65_HS1-834228961_62-HQ-83894_Section_9
Agency: FBI
Page 276
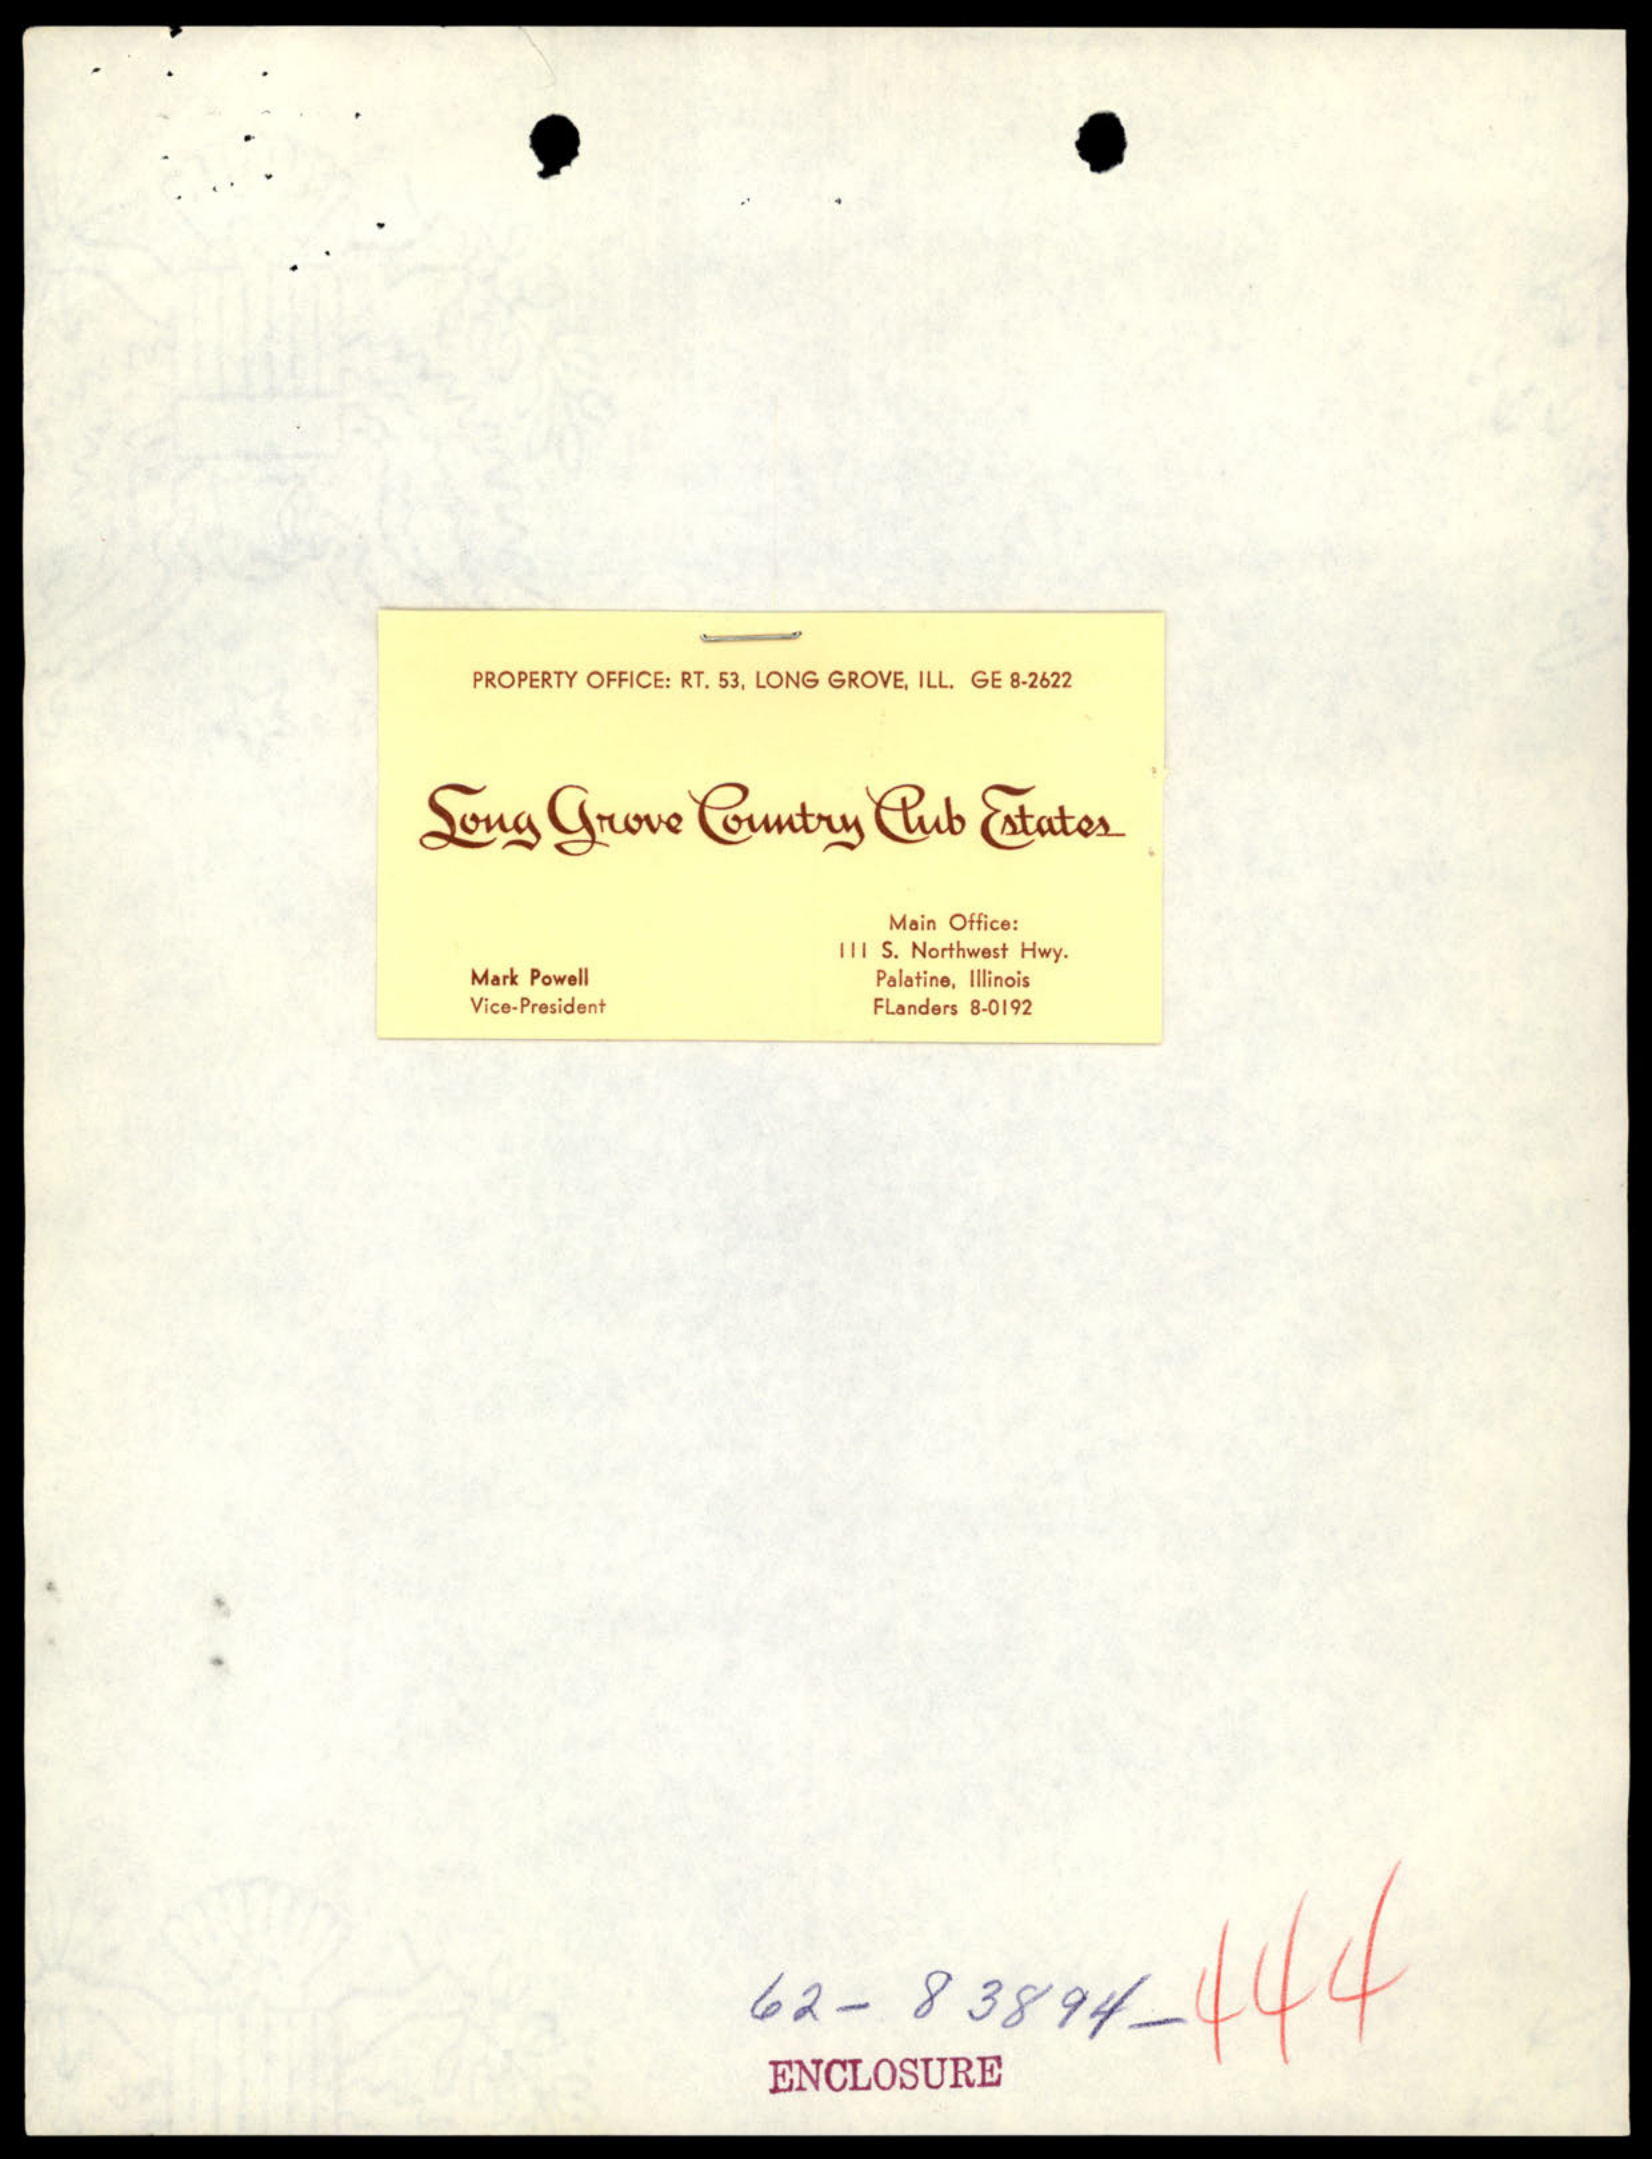